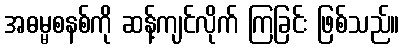
အဓမ္မစနစ်ကို ဆန့်ကျင်လိုက် ကြခြင်း ဖြစ်သည်။